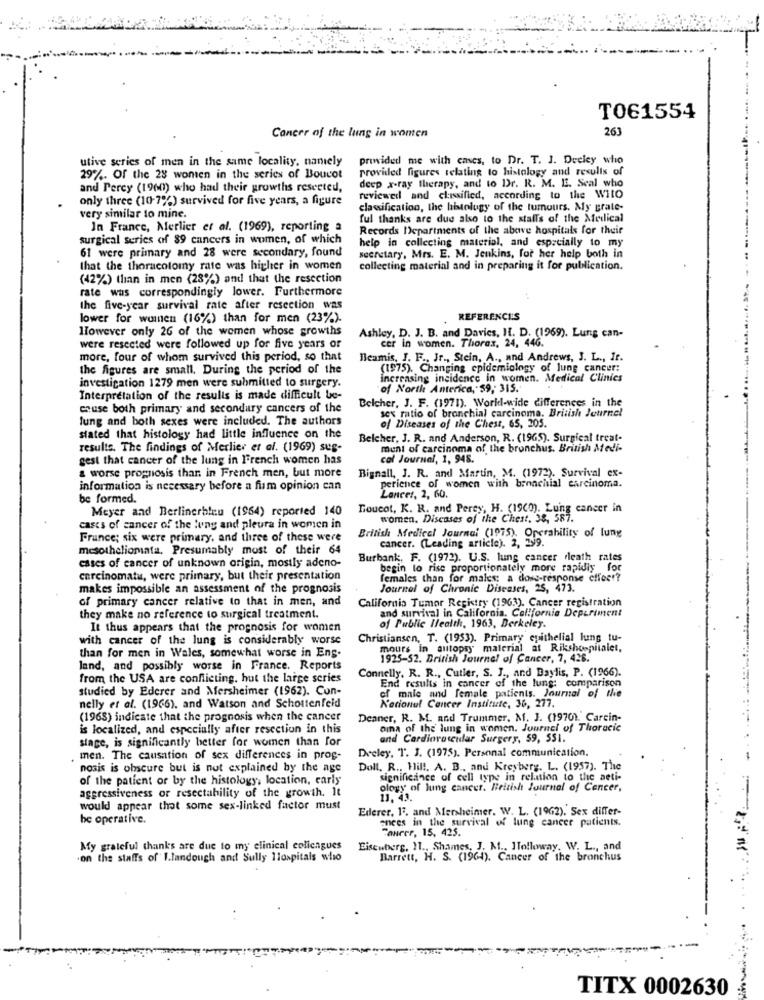
TO61554
263
Cancer of the lung in women
utive series of men in the same locality, naniely
provided me with cases, to Dr. T. J. Decley who
provided figures relating to histology and results of
29%. Of the 28 women in the series of Boucot
and Percy (1960) who had their growths resected,
deep x-ray therapy, and to Dr. R. M. E. Seal who
only three (10-7%) survived for five years, a figure
reviewed and classified, according to the WitO
classification, the histology of the tumours. My grate-
very similar to mine.
ful thanks are due also to the staff's of the Medical
In France, Merlier et al. (1969), reporting a
Records Departments of the above hospitals for their
surgical series of 89 cancers in women, of which
help in collecting material, and especially to my
61 were primary and 28 were secondary, found
secretary, Mrs. E. M. Jenkins, for her help both in
that the thoracotomy rate was higher in women
collecting material and in preparing it for publication.
(42%) than in men (28%) and that the resection
rate was correspondingly lower. Furthermore
the five-year survival rate after resection was
lower for weinen (16%) than for men (23%).
REFERENCES
However only 26 of the women whose growths
Ashley, D. J. B. and Davies, I. D. (1969). Lung can-
cer in women. Thorax, 24, 446.
were resected were followed up for five years or
more, four of whom survived this period, so that
Beamis, J. F ., Jr ., Stein, A ., and Andrews, J. L ., It.
the figures are small. During the period of the
(1975). Changing epidemiology of lung cancer:
increasing incidence in women. Medical Clinics
investigation 1279 men were submitted to surgery.
of North Anterica, 59, 315.
Interpretation of the results is made difficult be-
Belcher, J. F. (1971). World-wide differences in the
cause both primary and secondary cancers of the
lung and both sexes were included. The authors
sex ratio of bronchial carcinoma. British Journel
of Diseases of the Chest, 65, 205.
stated that histology had little influence on the
Belcher, J. R. and Anderson, R. (1965). Surgical treat-
results. The findings of Merlier et al. (1969) sus-
munt of carcinoma of the bronchus. British Medi-
gest that cancer of the lung in French women has
cal Journal, 1, 948.
Bignall, J. R. and Martin, M. (1972). Survival ex-
a worse prognosis thar. in French men, but more
perience of women with bronchial carcinoma.
information is necessary before a fim opinion can
be formed.
Lancer, 2, 60.
Meyer and Berlinerbleu (1964) reported 140
Toucot, K. R. and Perey, H. (1900). Lung cancer in
women. Discases of the Chest, 38, 587.
cases of cancer of the lung and pleura in women in
France; six were primary, and three of these were
British Medical Journal (1975). Operability of lung
cancer. (Leading article). 2, 299.
mesotheliomata, Presumably most of their 64
cases of cancer of unknown origin, mostly adeno-
Burbank, F. (1972). U.S. lung cancer death rates
begin to rise proportionately more rapidly for
carcinomatu, were primary, but their presentation
females than for males; a dose-response cffeet?
makes impossible an assessment of the prognosis
Journal of Chronic Diseases, 25, 473.
of primary cancer relative to that in men, and
California Tumor Registry (1963). Cancer registration
they make no reference to surgical treatment.
and survival in California. California Department
It thus appears that the prognosis for women
of Public Health, 1963, Derkeley.
with cancer of the lung is considerably worse
Christiansen, T. (1953). Primary epithelial lung tu-
mours in autopsy material at Rikshospitalet,
than for men in Wales, somewhat worse in Ens.
1925-52. British Journal of Cancer, 7, 428.
land, and possibly worse in France. Reports
Connelly. R. R ., Cutler, S. J ., and Daylis, P. (1966).
from the USA are conflicting, hut the large series
studied by Ederer and Mersheimer (1962). Con-
End results in cancer of the lung: comparison
N'arionul Cancer Institute, 36, 277.
of male and female patients. Journal of the
nelly et al. (1966), and Watson and Schottenfeld
(1968) indicate that the prognosis when the cancer
Deaner, R. M. and Trummer. M. J. (1970). Carcin-
is localized, and especially after resection in this
oma of the lung in women. Journel of Thoracic
stage, is significantly better for women than for
and Cardiovascular Surgery, 59, 551.
Deeley, T. J. (1975). Personal communication.
men. The causation of sex differences in prog-
-
nosis is obscure but is not explained by the age
Doll. R ., Hill. A. B ., and Kreyberg. L. (1957). The
of the patient or by the histology, location, carly
significance of cell type in relation to the aeti-
ology of lung cancer. British Journal of Cancer,
aggressiveness or resectability of the growth. It
11. 43.
would appear that some sex-linked factor must
Ederer, 13, and Mersheimer. W. L. (1962). Sex differ-
he operative.
anees in the survival of lung cancer patients.
Cancer, 15, 425.
My grateful thanks are due to my clinical colleagues
Eisenberg, 11 ., Shames, J. M ., Holloway, W. L ., and
.on the staffs of I.landough and Sully llospitals who
Barrett, H. S. (1964). Cancer of the
of the bronchus
.
...
TITX 0002630